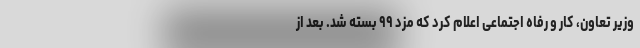
وزیر تعاون، کار و رفاه اجتماعی اعلام کرد که مزد ۹۹ بسته شد. بعد از